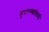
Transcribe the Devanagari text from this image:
सुधारण्याविषयीं